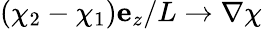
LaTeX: \left(\chi_{2}-\chi_{1}\right){\mathbf e}_{z}/L\rightarrow\nabla\chi